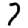
Digit: 7